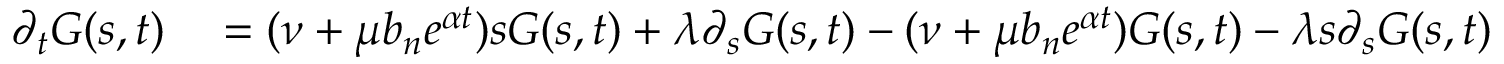
\begin{array} { r l } { \partial _ { t } G ( s , t ) } & { { } = ( \nu + \mu b _ { n } e ^ { \alpha t } ) s G ( s , t ) + \lambda \partial _ { s } G ( s , t ) - ( \nu + \mu b _ { n } e ^ { \alpha t } ) G ( s , t ) - \lambda s \partial _ { s } G ( s , t ) } \end{array}